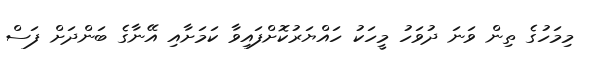
މިމަހުގެ ތިން ވަނަ ދުވަހު މީހަކު ހައްޔަރުކޮށްފައިވާ ކަމަށާއި އޭނާގެ ބަންދަށް ފަސް